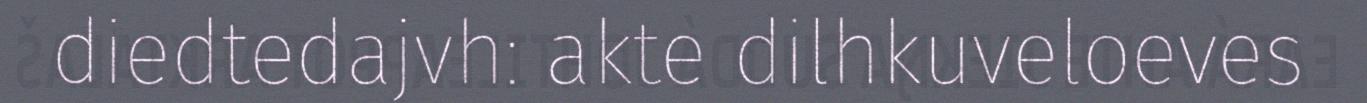
diedtedajvh: akte dilhkuveloeves